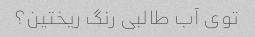
توی آب طالبی رنگ ریختین؟